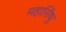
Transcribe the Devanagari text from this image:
महासिंधु